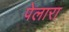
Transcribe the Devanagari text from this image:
पेलारा